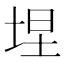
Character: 㘿